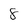
Character: 8